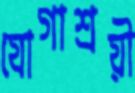
যোগাশ্রয়ী